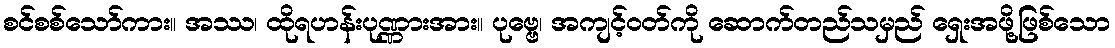
စင်စစ်သော်ကား။ အဿ၊ ထိုရဟန်းပုဏ္ဏားအား။ ပုဗ္ဗေ၊ အကျင့်ဝတ်ကို ဆောက်တည်သမှည် ရှေးအဖို့ဖြစ်သော